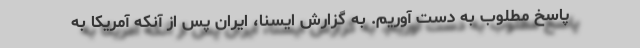
پاسخ مطلوب به دست آوریم. به گزارش ایسنا، ایران پس از آنکه آمریکا به